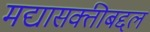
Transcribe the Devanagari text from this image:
मद्यासक्तीबद्दल